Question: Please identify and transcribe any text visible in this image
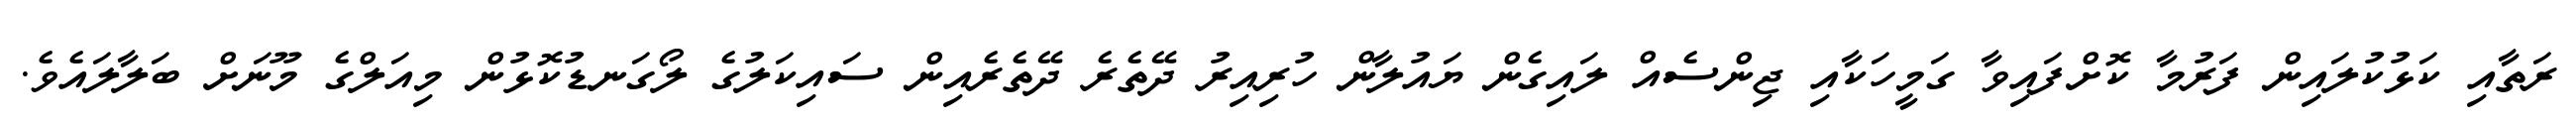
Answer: ރަތާއި ކަޅުކުލައިން ފަރުމާ ކޮށްފައިވާ ގަމީހަކާއި ޖިންސެއް ލައިގެން ޔައުލާން ހުރިއިރު ދޭތެރެ ދޭތެރެއިން ސައިކަލުގެ ލޯގަނޑުކޮޅުން މިއަލްގެ މޫނަށް ބަލާލައެވެ.